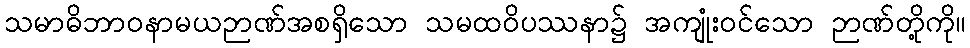
သမာဓိဘာဝနာမယဉာဏ်အစရှိသော သမထဝိပဿနာ၌ အကျုံးဝင်သော ဉာဏ်တို့ကို။